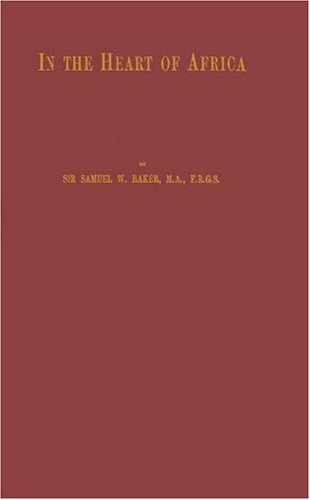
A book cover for In the Heart of Africa; Baker; Travel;